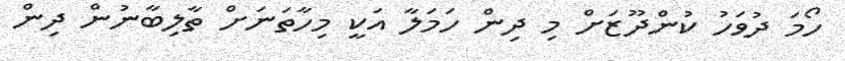
ހޯމަ ދުވަހު ކުންދޫޒަށް މި ދިން ހަމަލާ އަކީ މިހާތަނަށް ތާލިބާނުން ދިން